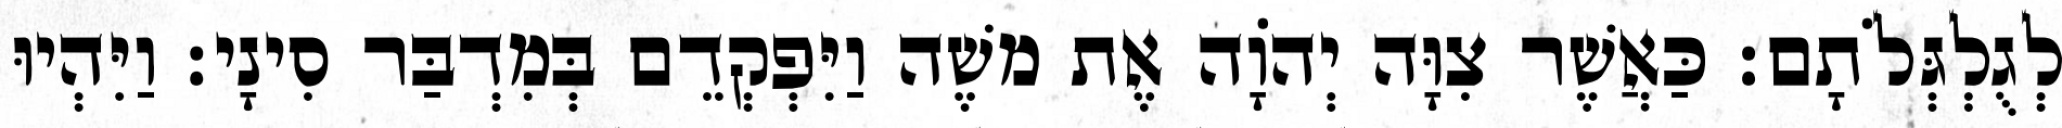
לְגֻלְגְּלֹתָם׃ כַּאֲשֶׁר צִוָּה יְהוָֹה אֶת משֶׁה וַיִּפְקְדֵם בְּמִדְבַּר סִינָי׃ וַיִּהְיוּ